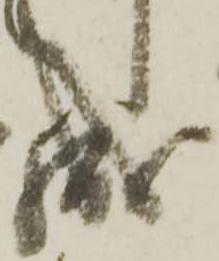
成